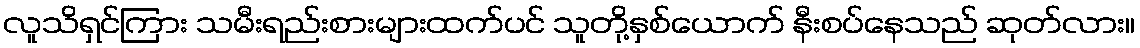
လူသိရှင်ကြား သမီးရည်းစားများထက်ပင် သူတို့နှစ်ယောက် နီးစပ်နေသည် ဆုတ်လား။